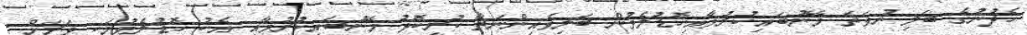
ހެދުނުގެ ބަލި ނުވަތަ މޭނުބައިކުރުމާއިހޮޑުލެވުން ބަލިވެއިންނަތާ ކުރީކޮޅު މޭނުބައިކުރުމާއި އެކު ހޮޑުލެވުމަކީ ވަރަށް